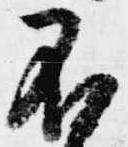
不